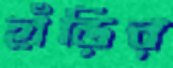
হাঁড়ির